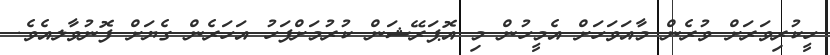
ހީކުރިވަރަށް ވުރެން މާއަވަހަށް އެމީހުން މި އޮޕަރޭޝަން ކުރުމަށްފަހު އަހަރެން ގެޔަށް ފޮނުވާލއެވެ.